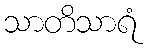
သာတိသာရံ